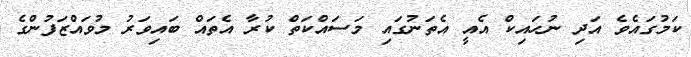
ކަމުގައެވެ އަދި ނުހައިކް އެއީ އެތަނުގައި މަސައްކަތް ކުރާ އެތައް ބައިވަރު މުވައްޒަފުންގެ